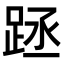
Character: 𨀧